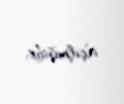
açılmışdır.